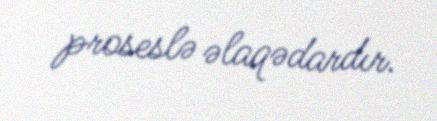
proseslə əlaqədardır.